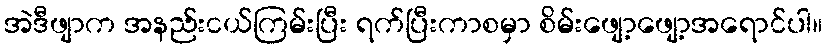
အဲဒီဖျာက အနည်းငယ်ကြမ်းပြီး ရက်ပြီးကာစမှာ စိမ်းဖျော့ဖျော့အရောင်ပါ။